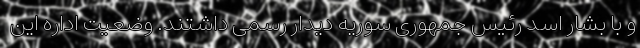
و با بشار اسد رئیس جمهوری سوریه دیدار رسمی داشتند. وضعیت اداره این